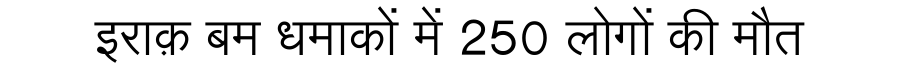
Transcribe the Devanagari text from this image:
इराक़ बम धमाकों में 250 लोगों की मौत